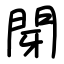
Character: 閕